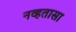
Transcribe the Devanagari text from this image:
नव्हतासा